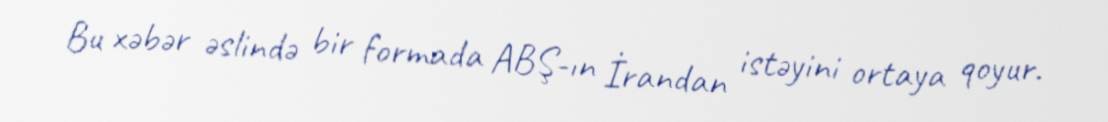
Bu xəbər əslində bir formada ABŞ-ın İrandan istəyini ortaya qoyur.